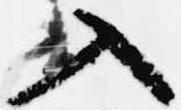
入